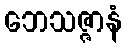
ဘေသဇ္ဇာနံ